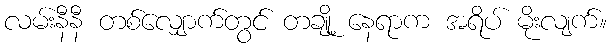
လမ်းနီနီ တစ်လျှောက်တွင် တချို့ နေရာက အရိပ် မိုးလျက်။